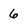
Character: 6